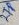
Text: 2TP